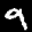
Label: 9